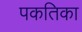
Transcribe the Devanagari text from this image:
पकतिका